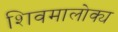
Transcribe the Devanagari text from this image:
शिवमालोक्य